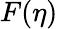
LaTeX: F(\eta)